Annual report on the Civil Veterinary Department, Burma (including the Insein Veterinary School) - 1923-1931
Year: 1923
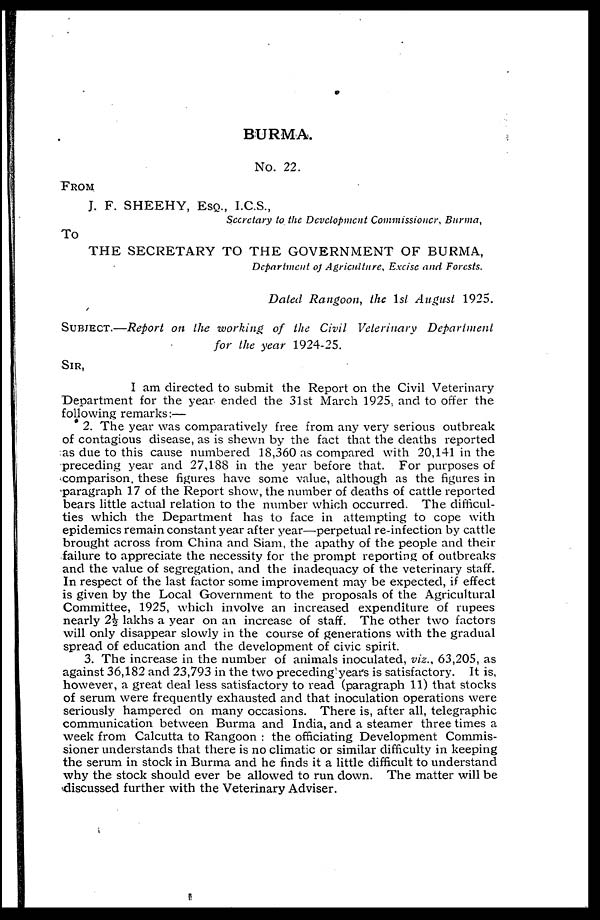
BURMA.
No. 22.
FROM
J. F. SHEEHY, ESQ., I.C.S.,
Secretary to the Development Commissioner, Burma,
To
THE SECRETARY TO THE GOVERNMENT OF BURMA,
Department of Agriculture, Excise and Forests.
Dated Rangoon, the 1st August 1925.
SUBJECT.—Report on the working of the Civil Veterinary
Department
for the year 1924-25.
SIR,
I am directed to submit the Report on the Civil Veterinary
Department for the year ended the 31st March 1925, and to offer the
following remarks:—
2. The year was comparatively free from any very serious outbreak
of contagious disease, as is shewn by the fact that the deaths reported
as due to this cause numbered 18,360 as compared with 20,141 in the
preceding year and 27,188 in the year before that. For purposes of
comparison, these figures have some value, although as the figures in
paragraph 17 of the Report show, the number of deaths of cattle reported
bears little actual relation to the number which occurred. The difficul-
ties which the Department has to face in attempting to cope with
epidemics remain constant year after year—perpetual re-infection by cattle
brought across from China and Siam, the apathy of the people and their
failure to appreciate the necessity for the prompt reporting of outbreaks
and the value of segregation, and the inadequacy of the veterinary staff.
In respect of the last factor some improvement may be expected, if effect
is given by the Local Government to the proposals of the Agricultural
Committee, 1925, which involve an increased expenditure of rupees
nearly 2½ lakhs a year on an increase of staff. The other two factors
will only disappear slowly in the course of generations with the gradual
spread of education and the development of civic spirit.
3. The increase in the number of animals inoculated, viz., 63,205, as
against 36,182 and 23,793 in the two preceding year's is satisfactory. It is,
however, a great deal less satisfactory to read (paragraph 11) that stocks
of serum were frequently exhausted and that inoculation operations were
seriously hampered on many occasions. There is, after all, telegraphic
communication between Burma and India, and a steamer three times a
week from Calcutta to Rangoon : the officiating Development Commis-
sioner understands that there is no climatic or similar difficulty in keeping
the serum in stock in Burma and he finds it a little difficult to understand
why the stock should ever be allowed to run down. The matter will be
discussed further with the Veterinary Adviser.